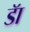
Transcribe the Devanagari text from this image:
डॅा